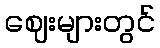
ဈေးများတွင်